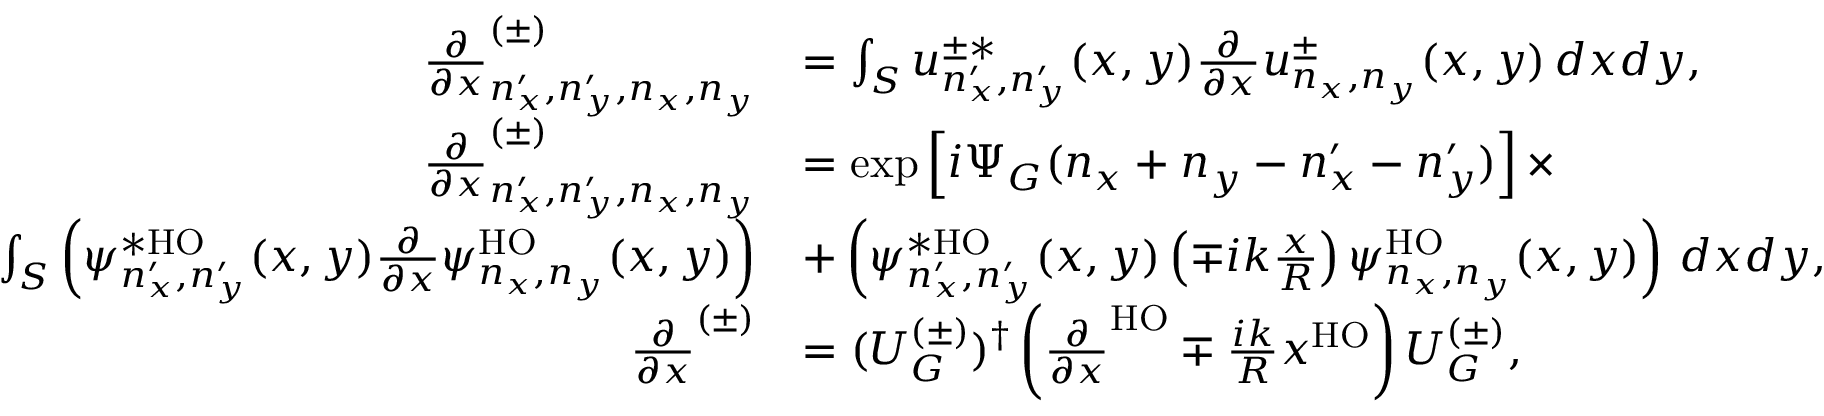
\begin{array} { r l } { \frac { \partial } { \partial x } _ { n _ { x } ^ { \prime } , n _ { y } ^ { \prime } , n _ { x } , n _ { y } } ^ { ( \pm ) } } & { = \int _ { S } u _ { n _ { x } ^ { \prime } , n _ { y } ^ { \prime } } ^ { \pm * } ( x , y ) \frac { \partial } { \partial x } u _ { n _ { x } , n _ { y } } ^ { \pm } ( x , y ) \, d x d y , } \\ { \frac { \partial } { \partial x } _ { n _ { x } ^ { \prime } , n _ { y } ^ { \prime } , n _ { x } , n _ { y } } ^ { ( \pm ) } } & { = \exp \left[ i \Psi _ { G } ( n _ { x } + n _ { y } - n _ { x } ^ { \prime } - n _ { y } ^ { \prime } ) \right] \times } \\ { \int _ { S } \left( \psi _ { n _ { x } ^ { \prime } , n _ { y } ^ { \prime } } ^ { * \mathrm { H O } } ( x , y ) \frac { \partial } { \partial x } \psi _ { n _ { x } , n _ { y } } ^ { \mathrm { H O } } ( x , y ) \right) } & { + \left( \psi _ { n _ { x } ^ { \prime } , n _ { y } ^ { \prime } } ^ { * \mathrm { H O } } ( x , y ) \left( \mp i k \frac { x } { R } \right) \psi _ { n _ { x } , n _ { y } } ^ { \mathrm { H O } } ( x , y ) \right) \, d x d y , } \\ { \frac { \partial } { \partial x } ^ { ( \pm ) } } & { = ( U _ { G } ^ { ( \pm ) } ) ^ { \dag } \left( \frac { \partial } { \partial x } ^ { \mathrm { H O } } \mp \frac { i k } { R } x ^ { \mathrm { H O } } \right) U _ { G } ^ { ( \pm ) } , } \end{array}